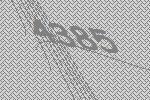
4385